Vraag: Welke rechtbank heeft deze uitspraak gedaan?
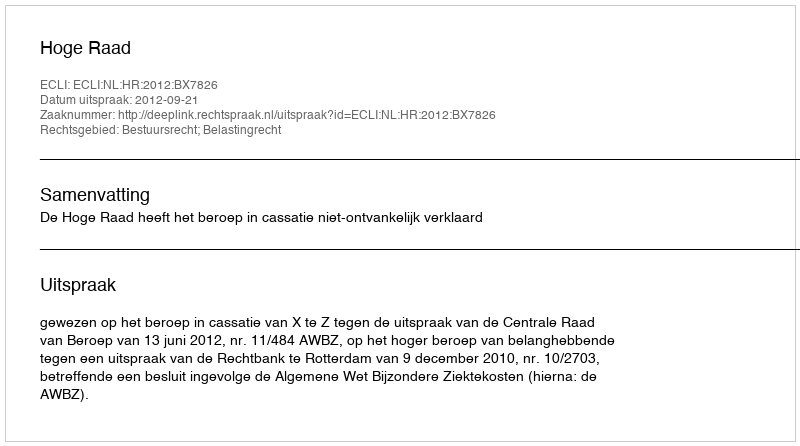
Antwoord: Hoge Raad